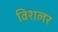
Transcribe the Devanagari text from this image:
विशलर